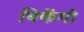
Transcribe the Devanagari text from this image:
बिकेंगी